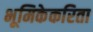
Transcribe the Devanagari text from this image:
भूमिकेकरिता